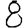
Digit: 8